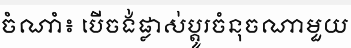
ចំណាំ៖ បើចង់ផ្លាស់ប្តូរចំនុចណាមួយ